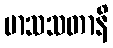
မာသသတာနိ